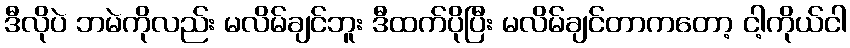
ဒီလိုပဲ ဘမဲကိုလည်း မလိမ်ချင်ဘူး ဒီထက်ပိုပြီး မလိမ်ချင်တာကတော့ ငါ့ကိုယ်ငါ